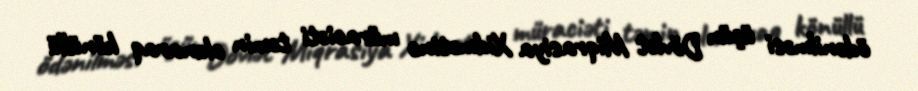
ödənilməsi üçün Dövlət Miqrasiya Xidmətinə müraciəti təmin olunaraq könüllü